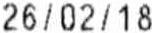
26/02/18